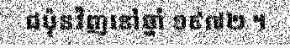
ជប៉ុនវិញនៅឆ្នាំ ១៩៧២ ។